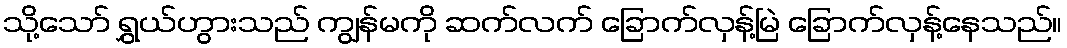
သို့သော် ရွှယ်ဟွားသည် ကျွန်မကို ဆက်လက် ခြောက်လှန့်မြဲ ခြောက်လှန့်နေသည်။